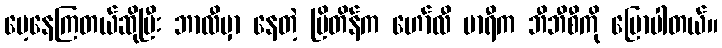
မေ့နေကြတယ်ဆိုပြီး ဘာလီမှာ နေတဲ့ ဗြိတိန်က ဟော်လီ မာရီက ဘီဘီစီကို ပြောပါတယ်။